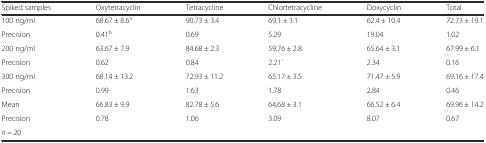
| Spiked samples | Oxytetracyclin | Tetracycline | Chlortetracycline | Doxycyclin | Total |
 | --- | --- | --- | --- | --- | --- |
 | 100 ng/ml | 68.67 ± 8.6a | 90.73 ± 3.4 | 69.1 ± 3.1 | 62.4 ± 10.4 | 72.73 ± 19.1 |
 | Precision | 0.41b | 0.69 | 5.29 | 19.04 | 1.02 |
 | 200 ng/ml | 63.67 ± 7.9 | 84.68 ± 2.3 | 59.76 ± 2.8 | 65.64 ± 3.1 | 67.99 ± 6.1 |
 | Precision | 0.62 | 0.84 | 2.21` | 2.34 | 0.16 |
 | 300 ng/ml | 68.14 ± 13.2 | 72.93 ± 11.2 | 65.17 ± 3.5 | 71.47 ± 5.9 | 69.16 ± 17.4 |
 | Precision | 0.99 | 1.63 | 1.78 | 2.84 | 0.46 |
 | Mean | 66.83 ± 9.9 | 82.78 ± 5.6 | 64.68 ± 3.1 | 66.52 ± 6.4 | 69.96 ± 14.2 |
 | Precision | <ROWSPAN=2> 0.78 | <ROWSPAN=2> 1.06 | <ROWSPAN=2> 3.09 | <ROWSPAN=2> 8.07 | <ROWSPAN=2> 0.67 |
 | n = 20 |